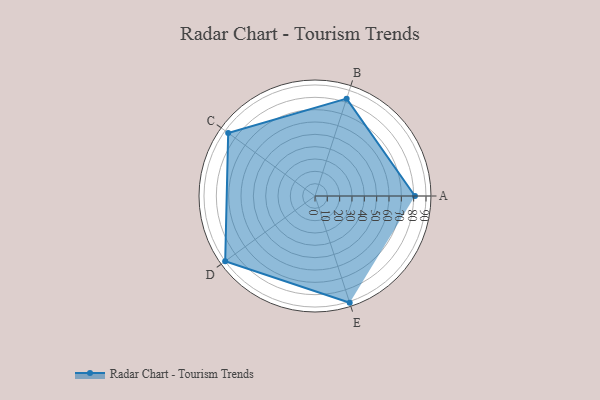
{"axis": {"x": "Skill", "y": "Score"}, "legend": ["Profile"], "data": [{"x": "A", "y": 81.0, "type": "Profile"}, {"x": "B", "y": 83.0, "type": "Profile"}, {"x": "C", "y": 87.0, "type": "Profile"}, {"x": "D", "y": 90.0, "type": "Profile"}, {"x": "E", "y": 91.0, "type": "Profile"}]}